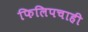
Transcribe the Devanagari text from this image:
फिलिपचाही